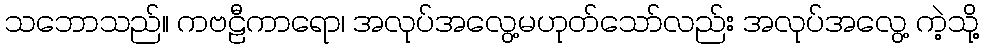
သဘောသည်။ ကဗဠီကာရော၊ အလုပ်အလွေ့မဟုတ်သော်လည်း အလုပ်အလွေ့ ကဲ့သို့